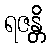
ရဇန္တိ